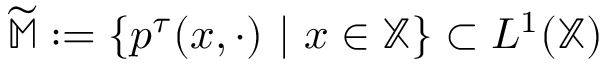
\widetilde { \mathbb { M } } : = \{ p ^ { \tau } ( x , \cdot ) ~ | ~ x \in \mathbb { X } \} \subset L ^ { 1 } ( \mathbb { X } )